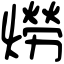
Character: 𤏪